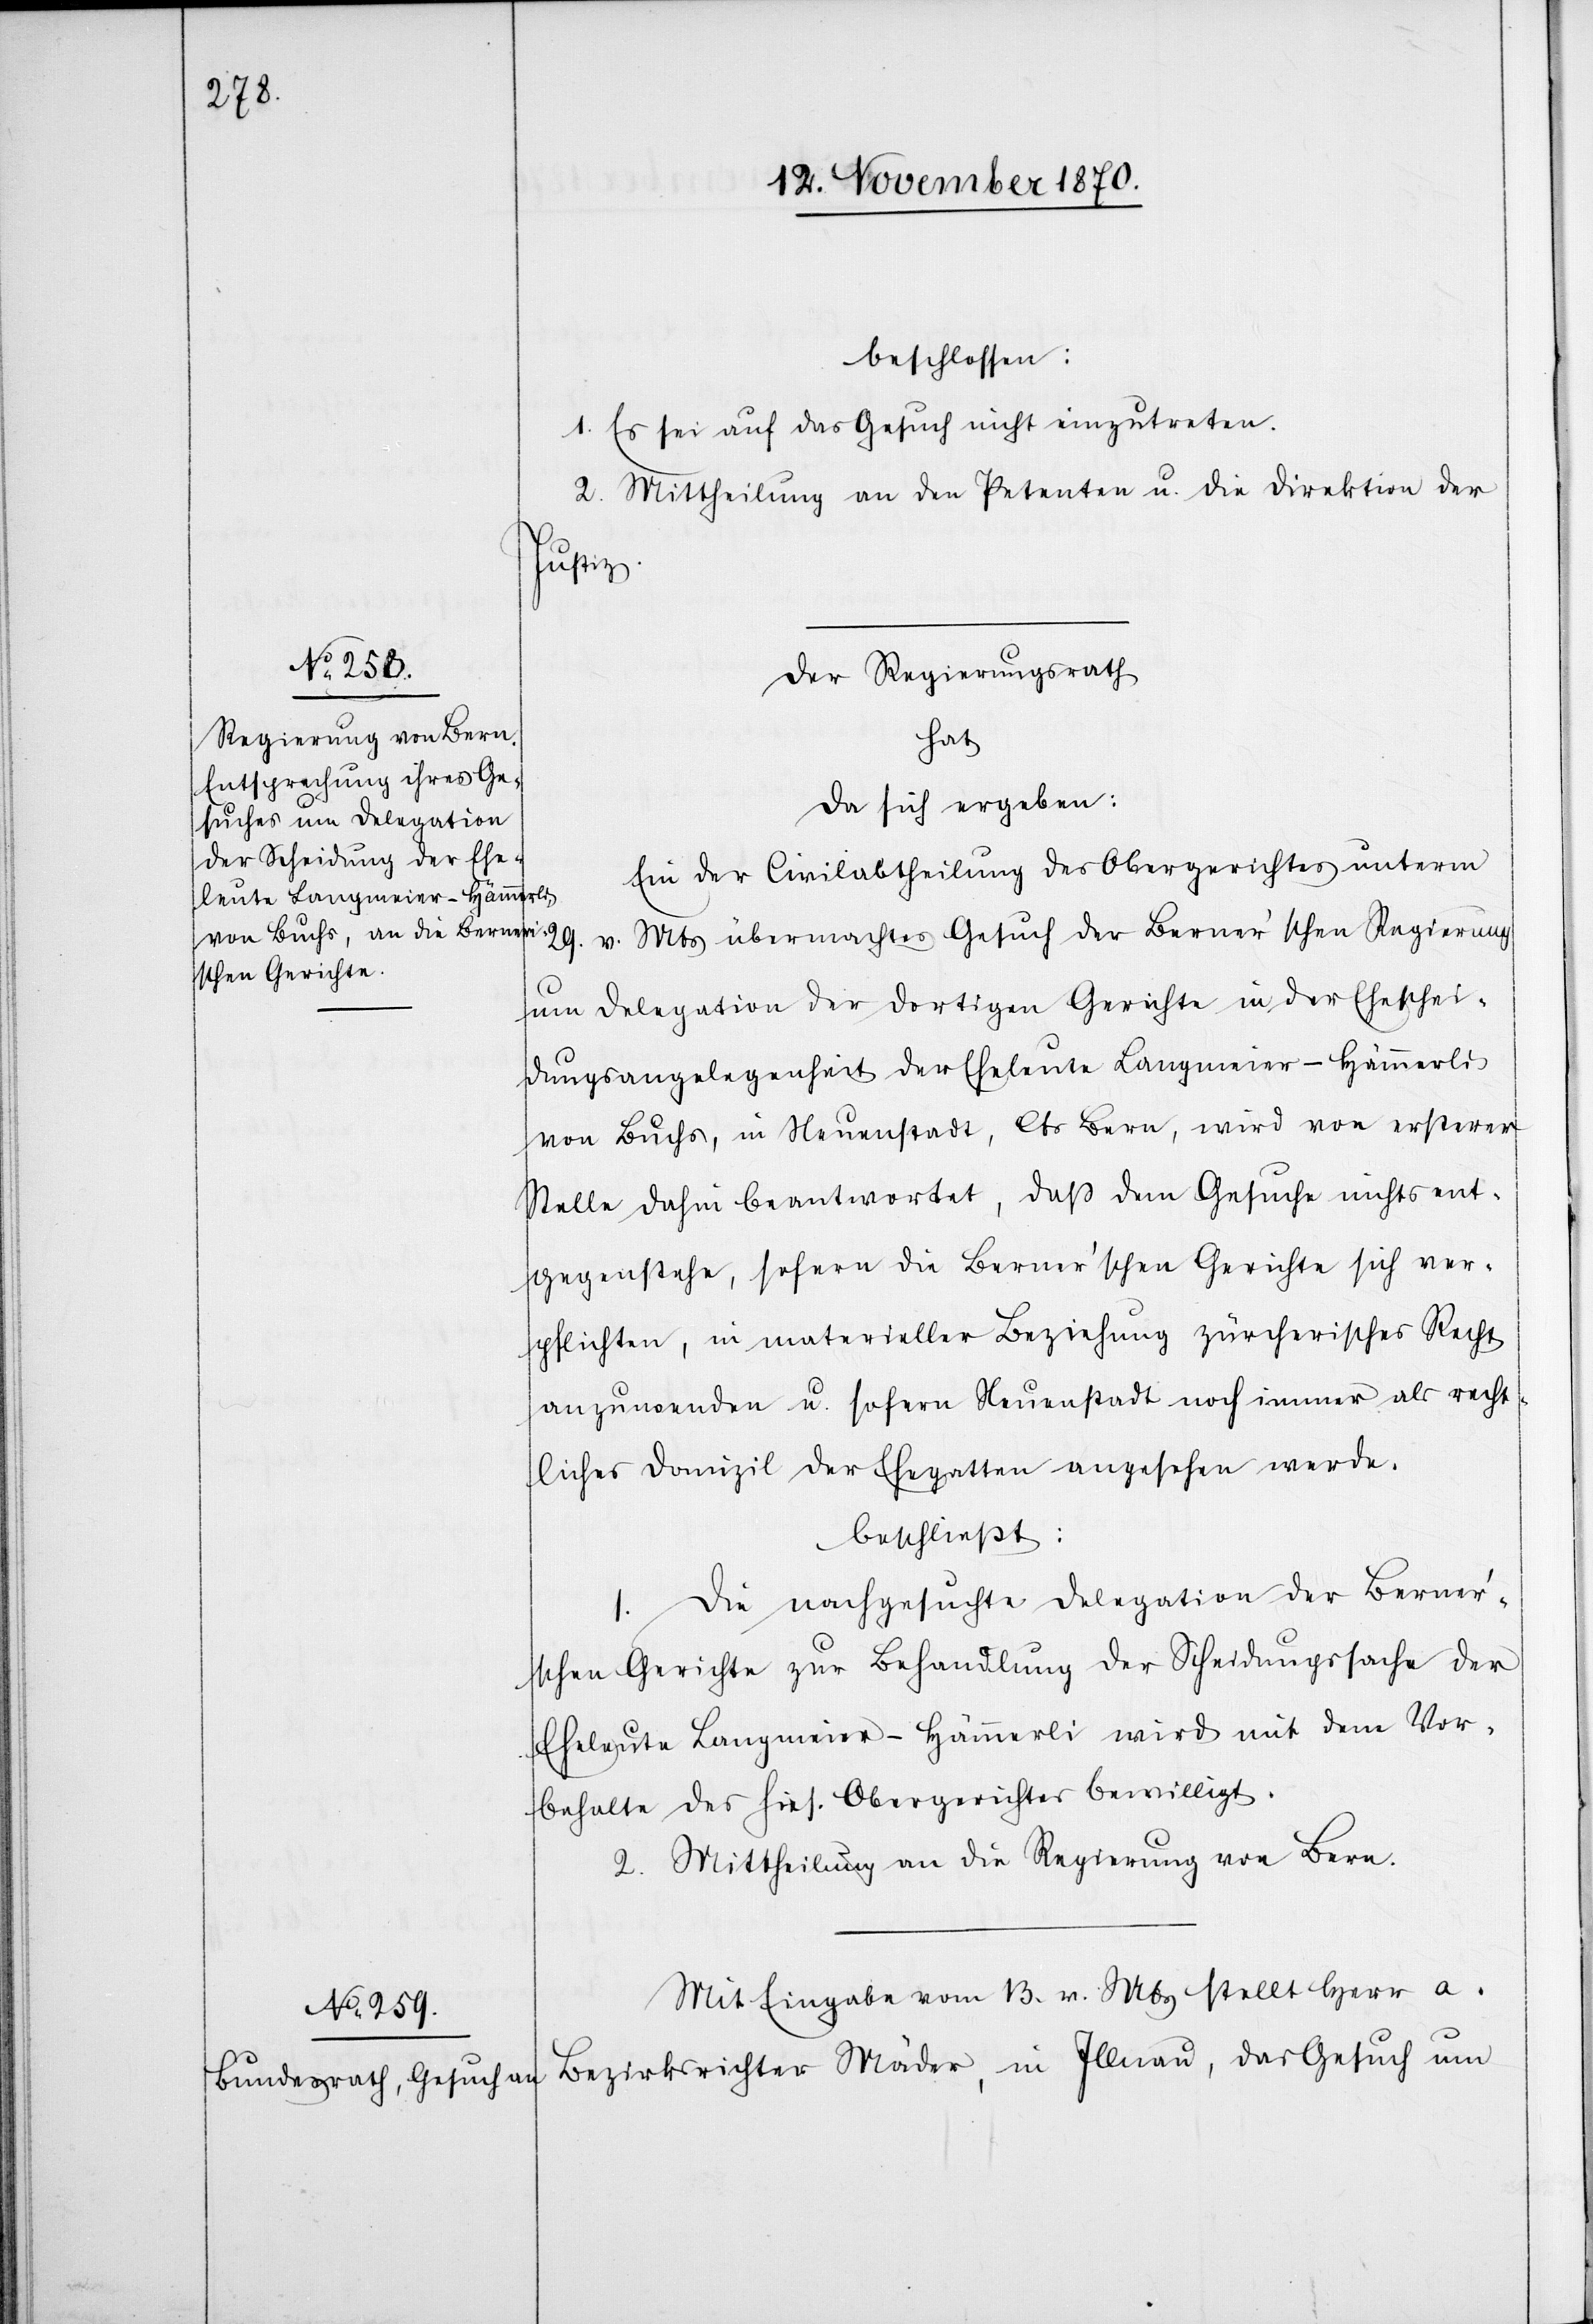
beschlossen]:
1. Es sei auf das Gesuch nicht einzutreten.
2. Mittheilung an den Petenten u. die Direktion der
Justiz.
Der Regierungsrath
hat
da sich ergeben:
Ein der Civilabtheilung des Obergerichtes unterm
v. Mts übermachtes Gesuch der Berner’schen Regierung
um Delegation der dortigen Gerichte in der Eheschei¬
dungsangelegenheit der Eheleute Langmeier-Hämmerli
von Buchs, in Neuenstadt, Cts Bern, wird von ersterer
Stelle dahin beantwortet, daß dem Gesuche nichts ent¬
gegenstehe, sofern die Berner’schen Gerichte sich ver¬
pflichten, in materieller Beziehung zürcherisches Recht
anzuwenden u. sofern Neuenstadt noch immer als recht¬
liches Domizil der Ehegatten angesehen werde.
beschließt
1. Die nachgesuchte Delegation der Berner’s¬
chen Gerichte zur Behandlung der Scheidungssache der
Eheleute Langmeier-Hämmerli wird mit dem Vor¬
behalte des hies. Obergerichtes bewilligt.
2. Mittheilung an die Regierung von Bern.
Mit Eingabe vom 13. v. Mts. stellt Herr a.
Bezirksrichter Mäder, in Illnau, das Gesuch um